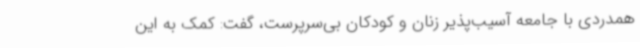
همدردی با جامعه آسیب‌پذیر زنان و کودکان بی‌سرپرست، گفت: کمک به این